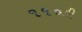
૧૧૦ડી